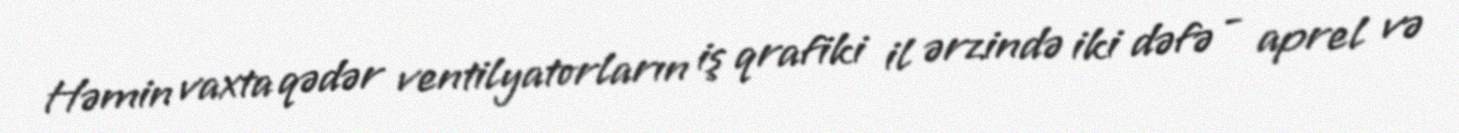
Həmin vaxta qədər ventilyatorların iş qrafiki il ərzində iki dəfə - aprel və